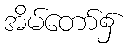
အိမ်တော်၌